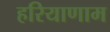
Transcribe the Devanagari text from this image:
हरियाणाम